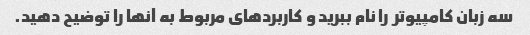
سه زبان کامپیوتر را نام ببرید و کاربردهای مربوط به آنها را توضیح دهید.